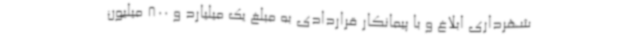
شهرداری ابلاغ و با پیمانکار قراردادی به مبلغ یک میلیارد و 800 میلیون